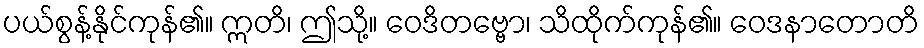
ပယ်စွန့်နိုင်ကုန်၏။ ဣတိ၊ ဤသို့။ ဝေဒိတဗ္ဗော၊ သိထိုက်ကုန်၏။ ဝေဒနာတောတိ